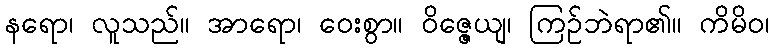
နရော၊ လူသည်။ အာရော၊ ဝေးစွာ။ ဝိဇ္ဇေယျ၊ ကြဉ်ဘဲရာ၏။ ကိမိဝ၊